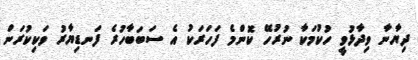
ދިޔާނާ ވިދާޅުވީ ހުކުމަކާ ނުރުހޭ ކޮންމެ ފަހަރަކު އެ ސަބަބާހުރެ ފަނޑިޔާރު ވަކިކުރަން